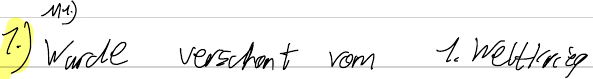
1.) Wurde verschont vom 1. Weltkrieg